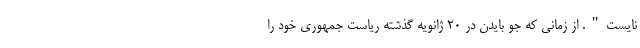
نایست". از زمانی که جو بایدن در ۲۰ ژانویه گذشته ریاست جمهوری خود را